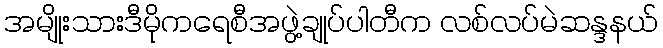
အမျိုးသားဒီမိုကရေစီအဖွဲ့ချုပ်ပါတီက လစ်လပ်မဲဆန္ဒနယ်